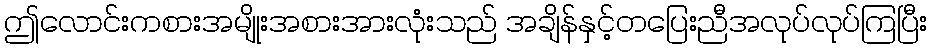
ဤလောင်းကစားအမျိုးအစားအားလုံးသည် အချိန်နှင့်တပြေးညီအလုပ်လုပ်ကြပြီး